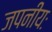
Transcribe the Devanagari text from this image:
जपनीयः